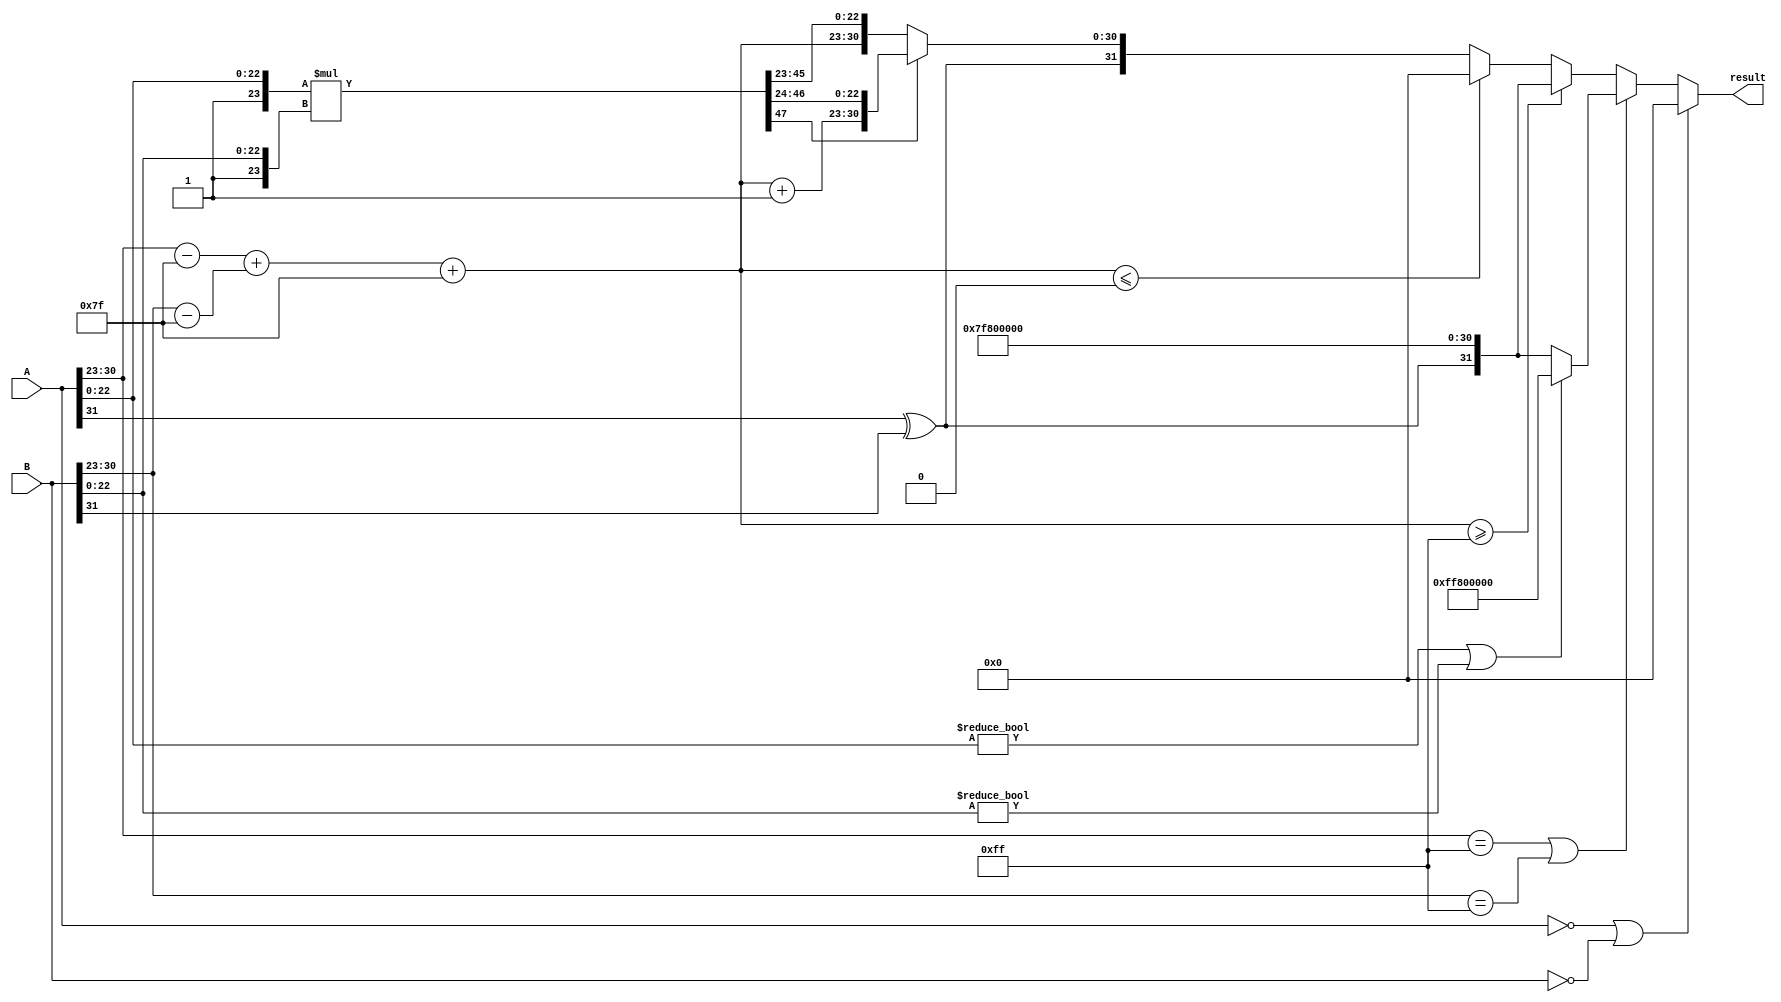
module fp_multiplier (
    input [31:0] A, // First floating-point number
    input [31:0] B, // Second floating-point number
    output reg [31:0] result // Result of floating-point multiplication
);
    
    // Internal signals
    wire sign_a, sign_b;
    wire [7:0] exp_a, exp_b;
    wire [22:0] frac_a, frac_b;
    wire [7:0] exp_result;
    wire sign_result;
    wire [47:0] frac_result; // 23 + 23 for multiplication
    wire [7:0] exp_a_adjusted, exp_b_adjusted;
    wire [47:0] frac_a_normalized, frac_b_normalized;
    wire [7:0] exp_result_temp;
    wire frac_normalized_shift;
    wire [7:0] exp_final;
    
    // Extracting sign, exponent and fraction
    assign sign_a = A[31];
    assign sign_b = B[31];
    assign exp_a = A[30:23];
    assign exp_b = B[30:23];
    assign frac_a = A[22:0];
    assign frac_b = B[22:0];
    
    // Normalize fractions by adding implicit leading 1
    assign frac_a_normalized = {1'b1, frac_a}; // 24 bits
    assign frac_b_normalized = {1'b1, frac_b}; // 24 bits
    
    // Adjust exponents (subtracting bias of 127)
    assign exp_a_adjusted = exp_a - 8'd127;
    assign exp_b_adjusted = exp_b - 8'd127;

    // Calculate the sign of the result
    assign sign_result = sign_a ^ sign_b;

    // Calculate the exponent of the result
    assign exp_result_temp = exp_a_adjusted + exp_b_adjusted + 8'd127;
    
    // Multiply the fractions
    assign frac_result = frac_a_normalized * frac_b_normalized; // 48 bits

    // Handle normalization of the result
    always @(*) begin
        // Default to non-normalized case
        exp_final = exp_result_temp;
        result = 32'b0; // Default to zero

        // If either input is zero, result is zero
        if (A == 32'b0 || B == 32'b0) begin
            result = 32'b0;
        end else if (exp_a == 8'b11111111 || exp_b == 8'b11111111) begin
            // Handle NaN and Infinity cases
            if (frac_a != 0 || frac_b != 0) begin // If either is NaN
                result = {1'b1, 8'b11111111, 23'b0}; // Result is NaN
            end else begin
                result = {sign_result, 8'b11111111, 23'b0}; // Result is Infinity
            end
        end else if (exp_result_temp >= 8'd255) begin
            // Overflow case - set to Infinity
            result = {sign_result, 8'b11111111, 23'b0};
        end else if (exp_result_temp <= 8'd0) begin
            // Underflow case - set to zero
            result = 32'b0;
        end else begin
            // Normal case
            if (frac_result[47]) begin
                // Normalization: shift right and increment exponent
                exp_final = exp_final + 8'd1;
                result = {sign_result, exp_final[7:0], frac_result[46:24]}; // 23 bits
            end else begin
                // No shift needed
                result = {sign_result, exp_final[7:0], frac_result[45:23]}; // 23 bits
            end
        end
    end

endmodule